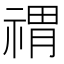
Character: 𥚷